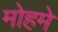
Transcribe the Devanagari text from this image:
मोहमे